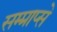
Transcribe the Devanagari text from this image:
सम्प्राप्से